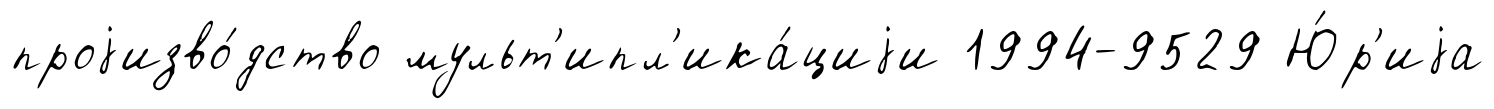
проjизво́дство мульт'ипл'ика́циjи 1994-9529 Ю́р'иjа